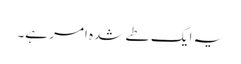
یہ ایک طے شدہ امر ہے۔